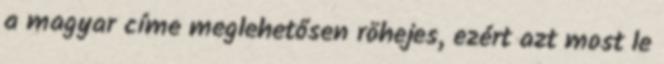
a magyar címe meglehetősen röhejes, ezért azt most le